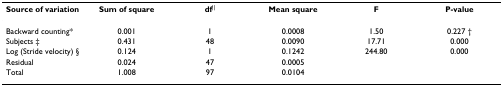
<table><thead><tr><td><b>Source of variation</b></td><td><b>Sum of square</b></td><td><b>df<sup>||</sup></b></td><td><b>Mean square</b></td><td><b>F</b></td><td><b>P-value</b></td></tr></thead><tbody><tr><td>Backward counting*</td><td>0.001</td><td>1</td><td>0.0008</td><td>1.50</td><td>0.227 †</td></tr><tr><td>Subjects ‡</td><td>0.431</td><td>48</td><td>0.0090</td><td>17.71</td><td>0.000</td></tr><tr><td>Log (Stride velocity) §</td><td>0.124</td><td>1</td><td>0.1242</td><td>244.80</td><td>0.000</td></tr><tr><td>Residual</td><td>0.024</td><td>47</td><td>0.0005</td><td></td><td></td></tr><tr><td>Total</td><td>1.008</td><td>97</td><td>0.0104</td><td></td><td></td></tr></tbody></table>